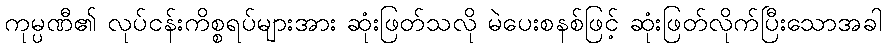
ကုမ္ပဏီ၏ လုပ်ငန်းကိစ္စရပ်များအား ဆုံးဖြတ်သလို မဲပေးစနစ်ဖြင့် ဆုံးဖြတ်လိုက်ပြီးသောအခါ